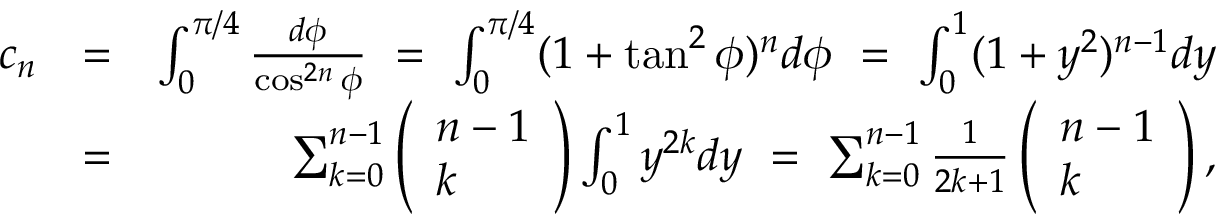
\begin{array} { r l r } { c _ { n } } & { = } & { \int _ { 0 } ^ { \pi / 4 } \frac { d \phi } { \cos ^ { 2 n } \phi } \ = \ \int _ { 0 } ^ { \pi / 4 } ( 1 + \tan ^ { 2 } \phi ) ^ { n } d \phi \ = \ \int _ { 0 } ^ { 1 } ( 1 + y ^ { 2 } ) ^ { n - 1 } d y } \\ & { = } & { \sum _ { k = 0 } ^ { n - 1 } \left( \begin{array} { l } { n - 1 } \\ { k } \end{array} \right) \int _ { 0 } ^ { 1 } y ^ { 2 k } d y \ = \ \sum _ { k = 0 } ^ { n - 1 } \frac { 1 } { 2 k + 1 } \left( \begin{array} { l } { n - 1 } \\ { k } \end{array} \right) , } \end{array}